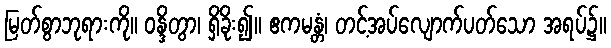
မြတ်စွာဘုရားကို။ ဝန္ဒိတွာ၊ ရှိခိုး၍။ ဧကမန္တံ၊ တင့်အပ်လျောက်ပတ်သော အရပ်၌။